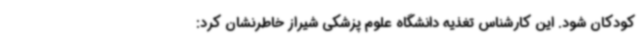
کودکان شود. این کارشناس تغذیه دانشگاه علوم پزشکی شیراز خاطرنشان کرد: